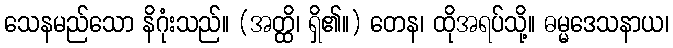
သေနမည်သော နိဂုံးသည်။ (အတ္ထိ၊ ရှိ၏။) တေန၊ ထိုအရပ်သို့။ ဓမ္မဒေသနာယ၊